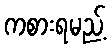
ကစားရမည့်